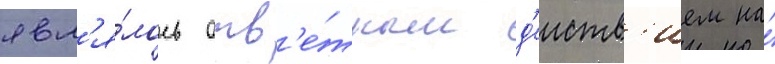
явл'я́лось отв'е́тным д'еиств'ием на́